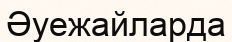
Әуежайларда